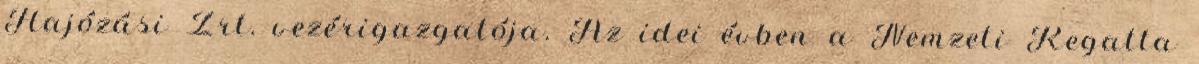
Hajózási Zrt. vezérigazgatója. Az idei évben a Nemzeti Regatta